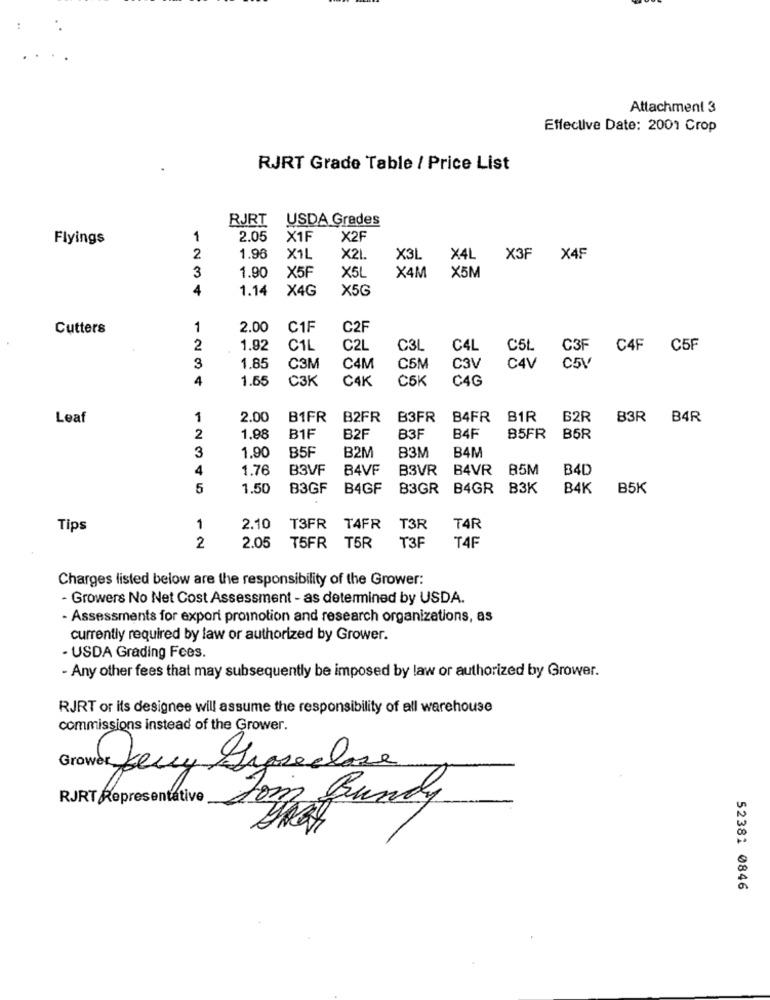
Attachment 3
Effective Date: 2001 Crop
RJRT Grade Table / Price List
RJRT
USDA Grades
Flyings
1
2.05
X1F
X2F
2
1.96
X1L
X21.
X3L
X4L
X3F X4F
1.90
X5M
3
X5F
X5L
X4M
4
1.14
X4G
X5G
Cutters
1
2.00
C1F
C2F
2
1.92
C1L
C2L
C3L
C4L
C5L
C3F
C4F C5F
C5V
3
1.85
C3M
C4M
C5M
C3V
C4V
4
1.65
C3K
C4K
C5K
C4G
Leaf
1
2.00
B1FR
B2FR
B3FR
B4FR
B1R
B2R
B3R B4R
2
1.88
B1F
B2F
B3F
B4F
B5FR
B5R
3
85F
83M
1.90
B2M
B4M
4
1.76
B3VF
84VF
B3VR
B4VR
85M
B4D
5
1.50
B3GF
B4GF
B3GR
B4GR B3K
B4K
B5K
Tips
1
2.10
T3FR
T4FR
T3R
T4R
2
2.05
T5FR
T5R
T3F
T4F
Charges listed below are the responsibility of the Grower:
- Growers No Net Cost Assessment - as determined by USDA.
Assessments for expori promotion and research organizations, as
currently required by law or authorized by Grower.
· USDA Grading Fees.
- Any other fees that may subsequently be imposed by law or authorized by Grower.
RJRT or its designee will assume the responsibility of all warehouse
commissions instead of the Grower.
Growers Jerry Sagreclose
RJRT Representative
Los Bundy
52381 0846